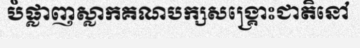
បំផ្លាញស្លាកគណបក្សសង្គ្រោះជាតិនៅ